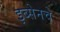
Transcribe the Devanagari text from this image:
इब्सेनचे